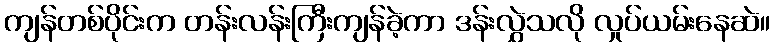
ကျန်တစ်ပိုင်းက တန်းလန်းကြီးကျန်ခဲ့ကာ ဒန်းလွှဲသလို လှုပ်ယမ်းနေဆဲ။